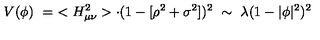
V ( \phi ) \ = \ < H _ { \mu \nu } ^ { 2 } > \cdot ( 1 - [ \rho ^ { 2 } + \sigma ^ { 2 } ] ) ^ { 2 } \ \sim \ \lambda ( 1 - | \phi | ^ { 2 } ) ^ { 2 }